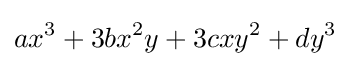
ax^{3}+3bx^{2}y+3cxy^{2}+dy^{3}